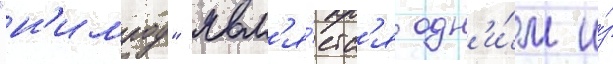
"н'имрод" явл'я́етс'я одн'и́м и́з